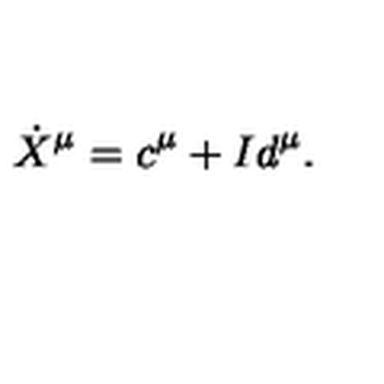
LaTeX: \dot { X } ^ { \mu } = c ^ { \mu } + I d ^ { \mu } .